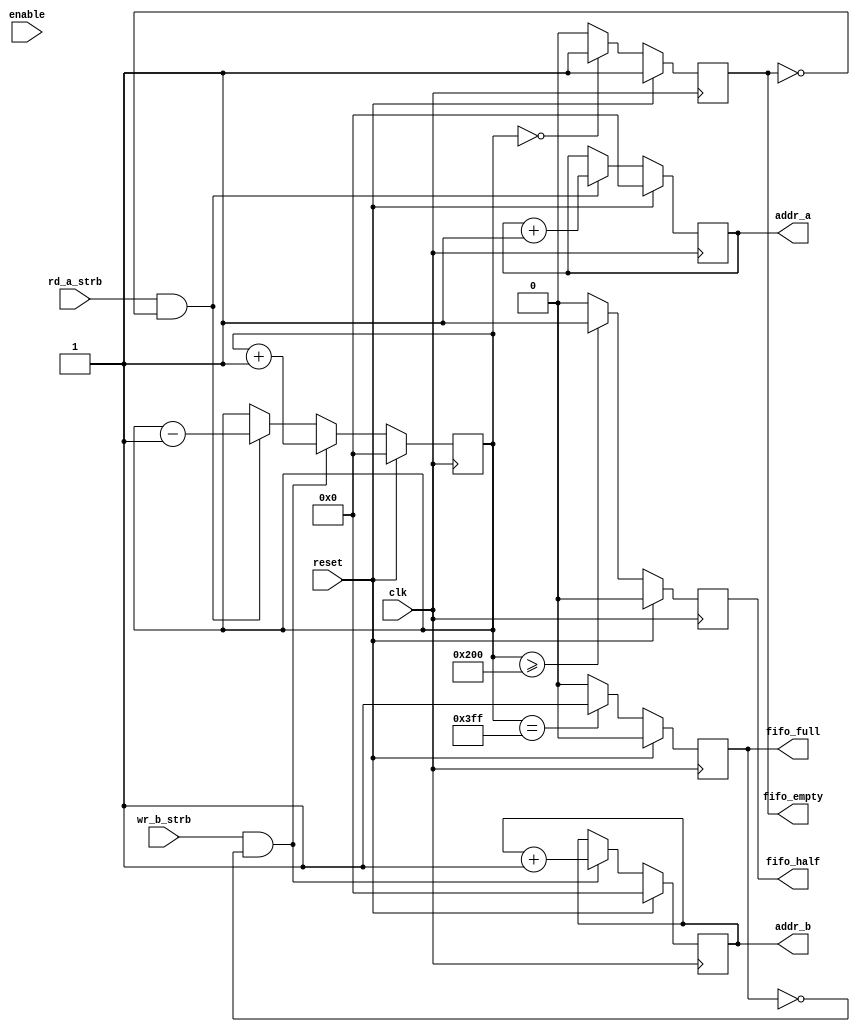
//-----------------------------------------------------------------
//  Module:     FifoController
//  Project:    
//  Version:    0.01-1
//
//  Description: 
//
//
//
//-----------------------------------------------------------------
module FifoController
#(parameter WIDTH = 10)
(
  	input                   clk,        // System Clock
  	input                   reset,      // System Reset
  	input                   enable,     // Enable Fifo   
  	input                   rd_a_strb,  // Read Strobe to empty
  	input                   wr_b_strb,  // Write Strobe to fill
  	output reg [WIDTH-1:0]  addr_a,     // output address, read addr
  	output reg [WIDTH-1:0]  addr_b,     // input address, write addr
  	output reg              fifo_empty, // flag that fifo is empty
  	output reg              fifo_full,  // flag that fifo is full
 	output reg              fifo_half   // flag that fifo is half full
  	//output reg [WIDTH-1:0] 	buffer_cnt	// how much is in buffer
);
  
  	reg [WIDTH-1:0] buffer_cnt;
  
  	//Initialize
	initial			
	begin
    	buffer_cnt  <= {WIDTH{1'b0}};
    	addr_a      <= {WIDTH{1'b0}};
    	addr_b      <= {WIDTH{1'b0}};
   	fifo_empty  <= 1'b1;
    	fifo_full   <= 1'b0;
    	fifo_half   <= 1'b0;    
	end
    
	// Handle Read Address
  	always @(posedge clk) begin
    	if (reset)
      	addr_a <= {WIDTH{1'b0}};
    	else if (rd_a_strb && ~fifo_empty)
      	addr_a <= addr_a + 1'b1;
  	end

	// Handle Write Address
  	always @(posedge clk) begin
    	if (reset)
      	addr_b <= {WIDTH{1'b0}};
    	else if (wr_b_strb && ~fifo_full)
      	addr_b <= addr_b + 1'b1;
  	end
  
  	// Keep track of items in buffer
  	always @(posedge clk) begin
    	if (reset)
      	buffer_cnt <= {WIDTH{1'b0}};
    	else if (wr_b_strb && ~fifo_full)
      	buffer_cnt <= buffer_cnt + 1'b1;
    	else if (rd_a_strb && ~fifo_empty)
      	buffer_cnt <= buffer_cnt - 1'b1;      
  	end
    
	// Fifo Empty
  	always @(posedge clk) begin
    	if (reset)
      	fifo_empty <= 1'b1;
    	else if (buffer_cnt == {WIDTH{1'b0}})
      	fifo_empty <= 1'b1;
    	else
      	fifo_empty <= 1'b0;
  	end
  
	// Fifo Full
  	always @(posedge clk) begin
    	if (reset)
      	fifo_full <= 1'b0;
    	else if (buffer_cnt == {WIDTH{1'b1}})
      	fifo_full <= 1'b1;
    	else
      	fifo_full <= 1'b0;
  	end  
  
	// Fifo Half Full
  	always @(posedge clk) begin
    	if (reset)
      	fifo_half <= 1'b0;
    	else if (buffer_cnt >= {1'b1,{WIDTH-1{1'b0}}})
      	fifo_half <= 1'b1;
    	else
      	fifo_half <= 1'b0;
  	end    
  
    
endmodule